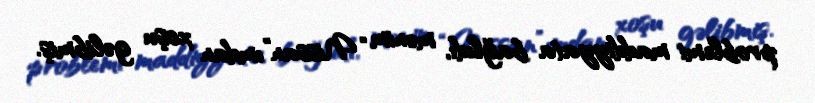
problemi maddiyyata bağlıdı, mənim “Nissan”ımdan xoşu gəlibmiş.